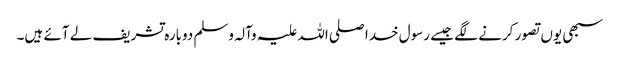
سبھی یوں تصور کرنے لگے جیسے رسول خدا صلی اللہ علیہ وآلہ وسلم دوبارہ تشریف لے آئے ہیں۔